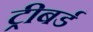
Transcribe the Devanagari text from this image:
ट्रीबर्ड